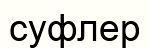
суфлер